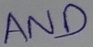
Text: AND